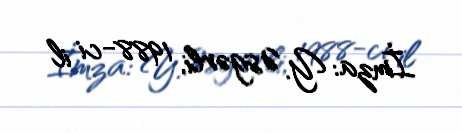
İmza: Y. Əsgərli, 1988-ci il